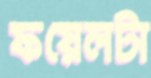
ফয়েলটা